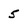
Character: 5